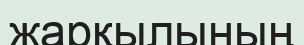
жарқылының